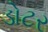
ડોટર